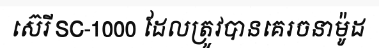
ស៊េរី SC-1000 ដែលត្រូវបានគេរចនាម៉ូដ